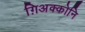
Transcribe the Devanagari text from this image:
ग़िअक्कोनि